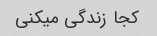
کجا زندگی میکنی